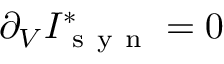
\partial _ { V } I _ { \mathrm { ~ s ~ y ~ n ~ } } ^ { * } = 0